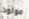
مولود